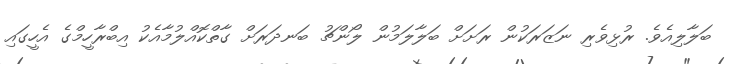
ބަލާލިއެވެ. ރުޅިވެރި ނަޒަރަކުން ރަށަށް ބަލާލަމުން ލޯންޗު ބަނދަރަށް ގާތްކޮއްލުމާއެކު އިބްރާހީމްގެ އެހީގައި